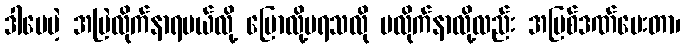
ဒါပေမဲ့ အမြဲလိုက်နာရမယ်လို့ ပြောလို့မရသလို မလိုက်နာလို့လည်း အပြစ်ဒဏ်ပေးတာ၊